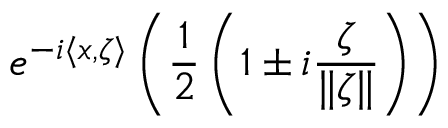
e ^ { - i \langle x , \zeta \rangle } \left( { \frac { 1 } { 2 } } \left( 1 \pm i { \frac { \zeta } { \| \zeta \| } } \right) \right)